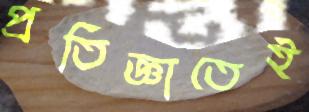
প্রতিজ্ঞাতেই